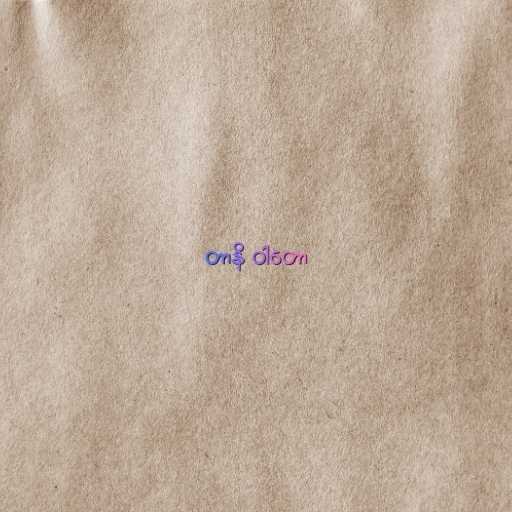
တာနိ ဝါတော